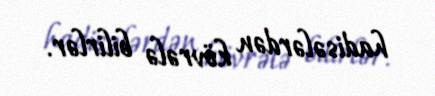
hadisələrdən kövrələ bilirlər.